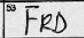
Transcription: FRD